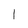
Character: l